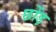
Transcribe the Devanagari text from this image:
छोंड़